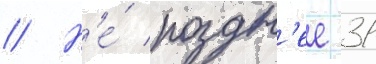
// Н'е́ поздн'ее 31